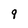
Character: 9